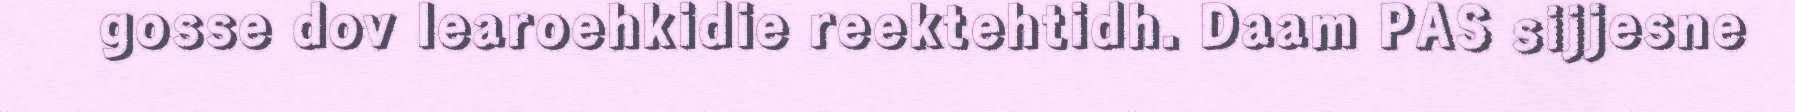
gosse dov learoehkidie reektehtidh. Daam PAS sijjesne